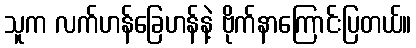
သူက လက်ဟန်ခြေဟန်နဲ့ ဗိုက်နာကြောင်းပြတယ်။